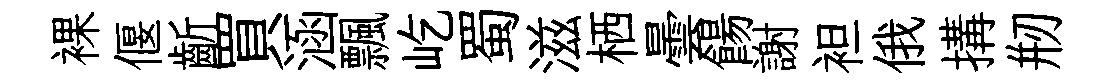
裸偃齗買涵飄屹蜀滋栖曇餳謝袒俄搆剏